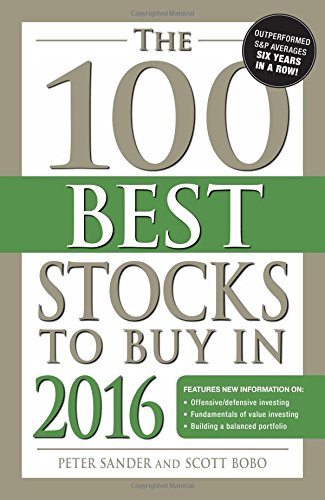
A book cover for The 100 Best Stocks to Buy in 2016 (100 Best Stocks You Can Buy); Peter Sander; Business & Money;